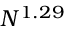
N ^ { 1 . 2 9 }